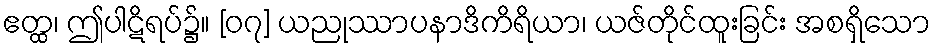
ဧတ္ထ၊ ဤပါဋိရပ်၌။ [၀၇] ယညုဿာပနာဒိကိရိယာ၊ ယဇ်တိုင်ထူးခြင်း အစရှိသော